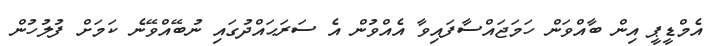
އެމްޑީޕީ އިން ބާއްވަން ހަމަޖައްސާފައިވާ އެއްވުން އެ ސަރަޙައްދުގައި ނުބޭއްވޭނެ ކަމަށް ފުލުހުން